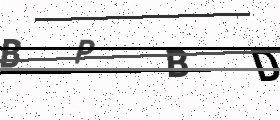
Text: BPBD